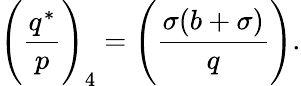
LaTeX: {\Bigg(}{\frac{q^{*}}{p}}{\Bigg)}_{4}={\Bigg(}{\frac{\sigma(b+\sigma)}{q}}{\Bigg)}.